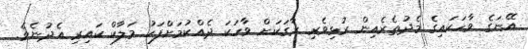
އޭނަގެ ވާހަކައިގެ މެދުތެރެއިން ރުޅިވެރި ރާގަކަށް ވާހަކަ ދެއްކުމަށްފަހު މަލާކް ކައިރި އެދުނެވެ.